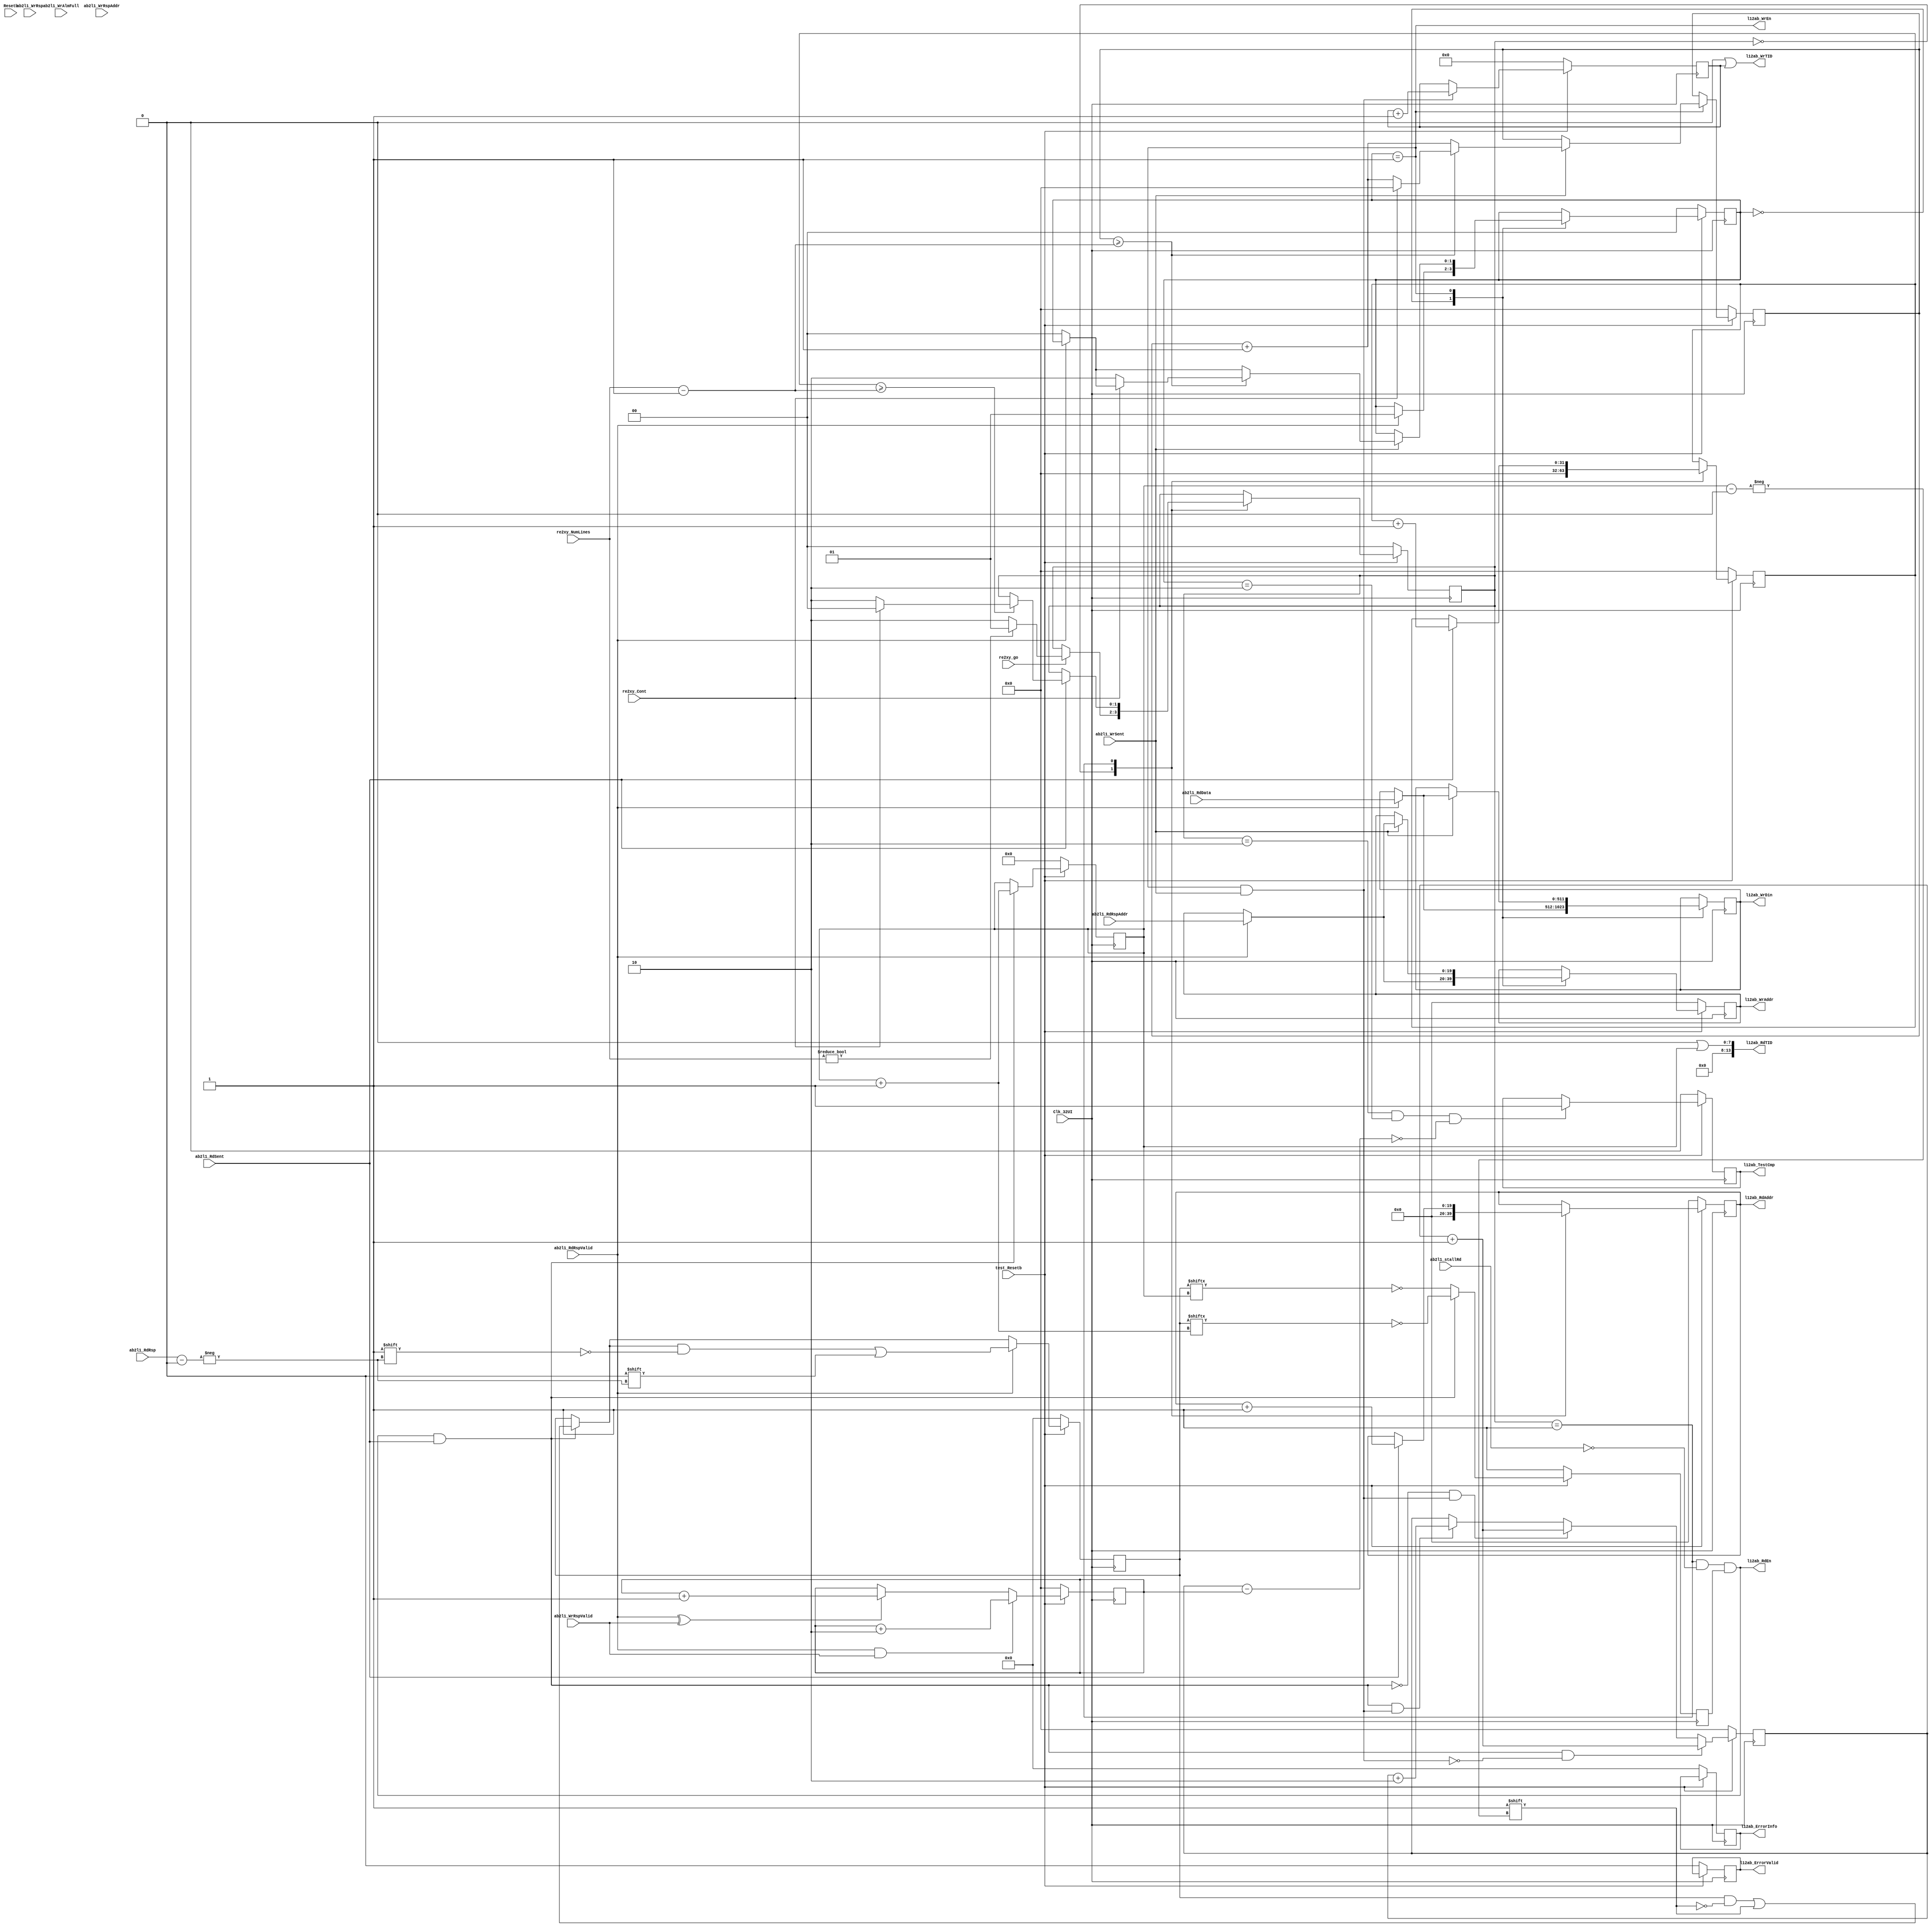
// ***************************************************************************
//
// Copyright (c) 2013-2015, Intel Corporation
//
// Redistribution and use in source and binary forms, with or without
// modification, are permitted provided that the following conditions are met:
//
// * Redistributions of source code must retain the above copyright notice,
// this list of conditions and the following disclaimer.
// * Redistributions in binary form must reproduce the above copyright notice,
// this list of conditions and the following disclaimer in the documentation
// and/or other materials provided with the distribution.
// * Neither the name of Intel Corporation nor the names of its contributors
// may be used to endorse or promote products derived from this software
// without specific prior written permission.
//
// THIS SOFTWARE IS PROVIDED BY THE COPYRIGHT HOLDERS AND CONTRIBUTORS "AS IS"
// AND ANY EXPRESS OR IMPLIED WARRANTIES, INCLUDING, BUT NOT LIMITED TO, THE
// IMPLIED WARRANTIES OF MERCHANTABILITY AND FITNESS FOR A PARTICULAR PURPOSE
// ARE DISCLAIMED. IN NO EVENT SHALL THE COPYRIGHT OWNER OR CONTRIBUTORS BE
// LIABLE FOR ANY DIRECT, INDIRECT, INCIDENTAL, SPECIAL, EXEMPLARY, OR
// CONSEQUENTIAL DAMAGES (INCLUDING, BUT NOT LIMITED TO, PROCUREMENT OF
// SUBSTITUTE GOODS OR SERVICES; LOSS OF USE, DATA, OR PROFITS; OR BUSINESS
// INTERRUPTION) HOWEVER CAUSED AND ON ANY THEORY OF LIABILITY, WHETHER IN
// CONTRACT, STRICT LIABILITY, OR TORT (INCLUDING NEGLIGENCE OR OTHERWISE)
// ARISING IN ANY WAY OUT OF THE USE OF THIS SOFTWARE, EVEN IF ADVISED OF THE
// POSSIBILITY OF SUCH DAMAGE.
//
// Module Name:         test_lpbk1.v
// Project:             NLB AFU 
// Description:         memory copy test
//
// ***************************************************************************
// ---------------------------------------------------------------------------------------------------------------------------------------------------
//                                         Loopback 1- memory copy test
//  ------------------------------------------------------------------------------------------------------------------------------------------------
//
// This is a memory copy test. It copies cache lines from source to destination buffer.
//

module test_lpbk1 #(parameter PEND_THRESH=1, ADDR_LMT=20, MDATA=14)
(

//      ---------------------------global signals-------------------------------------------------
       Clk_32UI               ,        // in    std_logic;  -- Core clock
       Resetb                 ,        // in    std_logic;  -- Use SPARINGLY only for control

       l12ab_WrAddr,                   // [ADDR_LMT-1:0]        arb:               write address
       l12ab_WrTID,                    // [ADDR_LMT-1:0]        arb:               meta data
       l12ab_WrDin,                    // [511:0]               arb:               Cache line data
       l12ab_WrEn,                     //                       arb:               write enable
       ab2l1_WrSent,                   //                       arb:               write issued
       ab2l1_WrAlmFull,                //                       arb:               write fifo almost full
       
       l12ab_RdAddr,                   // [ADDR_LMT-1:0]        arb:               Reads may yield to writes
       l12ab_RdTID,                    // [13:0]                arb:               meta data
       l12ab_RdEn,                     //                       arb:               read enable
       ab2l1_RdSent,                   //                       arb:               read issued

       ab2l1_RdRspValid,               //                       arb:               read response valid
       ab2l1_RdRsp,                    // [13:0]                arb:               read response header
       ab2l1_RdRspAddr,                // [ADDR_LMT-1:0]        arb:               read response address
       ab2l1_RdData,                   // [511:0]               arb:               read data
       ab2l1_stallRd,                  //                       arb:               stall read requests FOR LPBK1

       ab2l1_WrRspValid,               //                       arb:               write response valid
       ab2l1_WrRsp,                    // [13:0]                arb:               write response header
       ab2l1_WrRspAddr,                // [ADDR_LMT-1:0]        arb:               write response address
       re2xy_go,                       //                       requestor:         start the test
       re2xy_NumLines,                 // [31:0]                requestor:         number of cache lines
       re2xy_Cont,                     //                       requestor:         continuous mode

       l12ab_TestCmp,                  //                       arb:               Test completion flag
       l12ab_ErrorInfo,                // [255:0]               arb:               error information
       l12ab_ErrorValid,               //                       arb:               test has detected an error
       test_Resetb                     //                       requestor:         rest the app
);
    input                   Clk_32UI;               //                      csi_top:            Clk_32UI
    input                   Resetb;                 //                      csi_top:            system Resetb
    
    output  [ADDR_LMT-1:0]  l12ab_WrAddr;           // [ADDR_LMT-1:0]        arb:               write address
    output  [13:0]          l12ab_WrTID;            // [13:0]                arb:               meta data
    output  [511:0]         l12ab_WrDin;            // [511:0]               arb:               Cache line data
    output                  l12ab_WrEn;             //                       arb:               write enable
    input                   ab2l1_WrSent;           //                       arb:               write issued
    input                   ab2l1_WrAlmFull;        //                       arb:               write fifo almost full
           
    output  [ADDR_LMT-1:0]  l12ab_RdAddr;           // [ADDR_LMT-1:0]        arb:               Reads may yield to writes
    output  [13:0]          l12ab_RdTID;            // [13:0]                arb:               meta data
    output                  l12ab_RdEn;             //                       arb:               read enable
    input                   ab2l1_RdSent;           //                       arb:               read issued
    
    input                   ab2l1_RdRspValid;       //                       arb:               read response valid
    input  [13:0]           ab2l1_RdRsp;            // [13:0]                arb:               read response header
    input  [ADDR_LMT-1:0]   ab2l1_RdRspAddr;        // [ADDR_LMT-1:0]        arb:               read response address
    input  [511:0]          ab2l1_RdData;           // [511:0]               arb:               read data
    input                   ab2l1_stallRd;          //                       arb:               stall read requests FOR LPBK1
    
    input                   ab2l1_WrRspValid;       //                       arb:               write response valid
    input  [13:0]           ab2l1_WrRsp;            // [13:0]                arb:               write response header
    input  [ADDR_LMT-1:0]   ab2l1_WrRspAddr;        // [Addr_LMT-1:0]        arb:               write response address
    
    input                   re2xy_go;               //                       requestor:         start of frame recvd
    input  [31:0]           re2xy_NumLines;         // [31:0]                requestor:         number of cache lines
    input                   re2xy_Cont;             //                       requestor:         continuous mode
    
    output                  l12ab_TestCmp;          //                       arb:               Test completion flag
    output [255:0]          l12ab_ErrorInfo;        // [255:0]               arb:               error information
    output                  l12ab_ErrorValid;       //                       arb:               test has detected an error
    input                   test_Resetb;
    //------------------------------------------------------------------------------------------------------------------------
    
    reg     [ADDR_LMT-1:0]  l12ab_WrAddr;           // [ADDR_LMT-1:0]        arb:               Writes are guaranteed to be accepted
    wire    [13:0]          l12ab_WrTID;            // [13:0]                arb:               meta data
    reg     [511:0]         l12ab_WrDin;            // [511:0]               arb:               Cache line data
    reg                     l12ab_WrEn;             //                       arb:               write enable
    reg     [ADDR_LMT-1:0]  l12ab_RdAddr;           // [ADDR_LMT-1:0]        arb:               Reads may yield to writes
    wire    [13:0]          l12ab_RdTID;            // [13:0]                arb:               meta data
    reg                     l12ab_RdEn;             //                       arb:               read enable
    reg                     l12ab_TestCmp;          //                       arb:               Test completion flag
    reg    [255:0]          l12ab_ErrorInfo;        // [255:0]               arb:               error information
    reg                     l12ab_ErrorValid;       //                       arb:               test has detected an error
    
    reg     [7:0]           rd_mdata;     // limit max mdata to 8 bits or 256 requests
    reg     [2**8-1:0]      rd_mdata_pend;          // bitvector to track used mdata values
    reg     [MDATA-1:0]     wr_mdata;
    reg                     rd_mdata_avail;         // is the next rd madata free and available
    reg     [1:0]           read_fsm;
    reg     [1:0]           write_fsm;
    reg     [31:0]          Num_Reads;
    reg     [31:0]          Num_Writes;
    reg     [31:0]          Num_Pend;
    
    reg     [31:0]          Num_sent;
    reg     [31:0]          Num_rcvd;
    
    assign                  l12ab_WrTID     = 14'h0000| wr_mdata;
    assign                  l12ab_RdTID     = 14'h0000| rd_mdata;
    
    always @(posedge Clk_32UI)
    begin
            //Read FSM
            case(read_fsm)  /* synthesis parallel_case */
            2'h0:   begin                           // Wait for re2xy_go
                            l12ab_RdAddr            <= 0;
                            Num_Reads               <= 0;
                            if(re2xy_go)
                            if(re2xy_NumLines!=0)
                                    read_fsm        <= 2'h1;
                            else    read_fsm        <= 2'h2;
                    end
            2'h1:   begin                           // Send read requests
                            if(ab2l1_RdSent)        
                            begin   
                                    l12ab_RdAddr    <= l12ab_RdAddr + 1'b1;
                                    Num_Reads       <= Num_Reads    + 1'b1;            // final count will be same as re2xy_NumLines
                                   
                                    if(Num_Reads >= re2xy_NumLines-1)
                                    if(re2xy_Cont)    read_fsm        <= 2'h0;
                                    else              read_fsm        <= 2'h2;
                            end // ab2l1_RdSent
                    end
            default:                read_fsm        <= read_fsm;
            endcase
            
            //Write FSM
            case(write_fsm) /* synthesis parallel_case */
            2'h0:   begin
                            if(ab2l1_RdRspValid)
                            begin
                                    l12ab_WrAddr    <= ab2l1_RdRspAddr;
                                    l12ab_WrDin     <= ab2l1_RdData;
                                    write_fsm       <= 2'h1;
                            end
                    end
            2'h1:   begin
                            if(ab2l1_WrSent)                                        // assuming that this will always be set
                            begin
                                    Num_Writes      <= Num_Writes   + 1;            // final count will be same as re2xy_NumLines
    
                                    if(!ab2l1_RdRspValid)
                                            write_fsm       <= 2'h0;
                                    
                                    if(Num_Writes >= re2xy_NumLines-1)
                                    begin
                                            if(!re2xy_Cont)  write_fsm      <= 2'h2;
                                            else             Num_Writes     <= 0;
                                    end
    
                                    if(ab2l1_RdRspValid)
                                    begin
                                            l12ab_WrAddr    <= ab2l1_RdRspAddr;
                                            l12ab_WrDin     <= ab2l1_RdData;
                                    end
                            end
                    end
            default:                write_fsm       <= write_fsm;
            endcase
            
    
            if(l12ab_RdEn && ab2l1_RdSent)
            begin
                    rd_mdata_pend[rd_mdata] <= 1'b1;
                    rd_mdata                <= rd_mdata + 1'b1;
                    rd_mdata_avail  <= !rd_mdata_pend[rd_mdata + 1'b1];
            end
            else
            begin
                    rd_mdata_avail <= !rd_mdata_pend[rd_mdata];
            end
    
            if(ab2l1_RdRspValid)
            begin
                    rd_mdata_pend[ab2l1_RdRsp] <= 1'b0;
            end
    
            if(l12ab_WrEn && ab2l1_WrSent)
                    wr_mdata   <= wr_mdata + 1'b1;
                    
            
            if((l12ab_RdEn && ab2l1_RdSent) && !(l12ab_WrEn && ab2l1_WrSent))      Num_sent        <= Num_sent + 1;
            else if(!(l12ab_RdEn && ab2l1_RdSent) && (l12ab_WrEn && ab2l1_WrSent)) Num_sent        <= Num_sent + 1;
            else if((l12ab_RdEn && ab2l1_RdSent) &&  (l12ab_WrEn && ab2l1_WrSent)) Num_sent        <= Num_sent + 2;
            if((ab2l1_RdRspValid && ab2l1_WrRspValid))                             Num_rcvd        <= Num_rcvd + 2;
            else if((ab2l1_RdRspValid ^ ab2l1_WrRspValid))                         Num_rcvd        <= Num_rcvd + 1;
            
            if(   read_fsm==2'h2
               && write_fsm==2'h2
               && Num_Pend ==0)
                    l12ab_TestCmp <= 1;
    
           
            if(!test_Resetb)
            begin
                    l12ab_WrAddr            <= 0;
    //              l12ab_WrDin             <= 0;
                    l12ab_RdAddr            <= 0;
                    l12ab_TestCmp           <= 0;
                    l12ab_ErrorInfo         <= 0;
                    l12ab_ErrorValid        <= 0;
                    read_fsm                <= 0;
                    write_fsm               <= 0;
                    rd_mdata                <= 0;
                    rd_mdata_avail          <= 1;
                    rd_mdata_pend           <= 0;
                    wr_mdata                <= 0;
                    Num_Reads               <= 0;
                    Num_Writes              <= 0;
                    Num_sent                <= 0;
                    Num_rcvd                <= 0;
            end
            
    end
    
    always @(*)
    begin
            l12ab_RdEn = (read_fsm  ==2'h1) & !ab2l1_stallRd & rd_mdata_avail;
            l12ab_WrEn = (write_fsm ==2'h1);
            Num_Pend   = Num_sent - Num_rcvd;
    end
    
endmodule